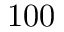
1 0 0